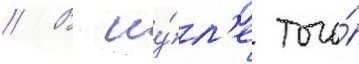
// В иу́л'е того́